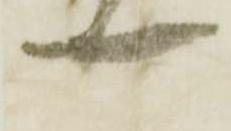
一